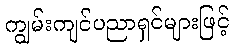
ကျွမ်းကျင်ပညာရှင်များဖြင့်